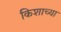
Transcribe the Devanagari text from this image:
किशाच्या